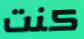
كنت